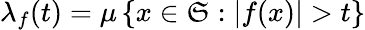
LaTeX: \lambda_{f}(t)=\mu\left\{ x\in\mathfrak{S}:|f(x)|>t\right\}